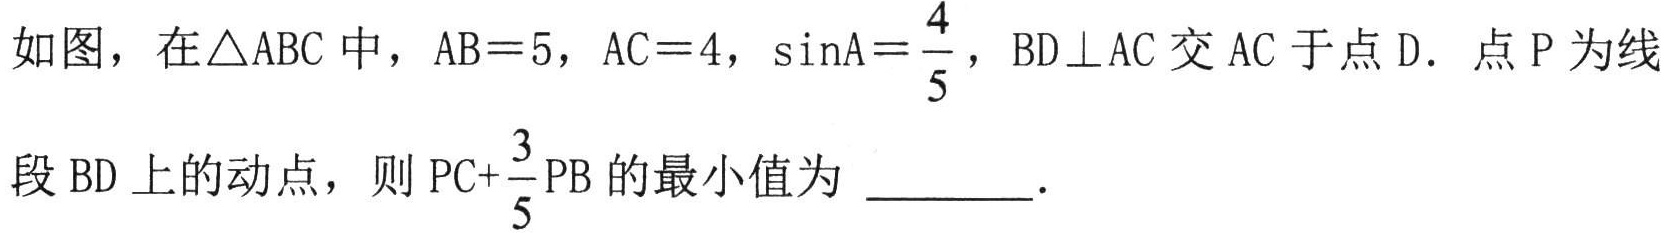
如图，在$\triangle ABC$中，$AB = 5$，$AC = 4$，$\sin A=\dfrac{4}{5}$，$BD\perp AC$交$AC$于点$D$．点$P$为线段$BD$上的动点，则$PC+\dfrac{3}{5}PB$的最小值为  ．